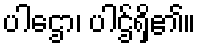
ပါဌော၊ ပါဌ်ရှိ၏။